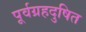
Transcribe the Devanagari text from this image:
पूर्वग्रहदुषित